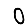
Digit: 0